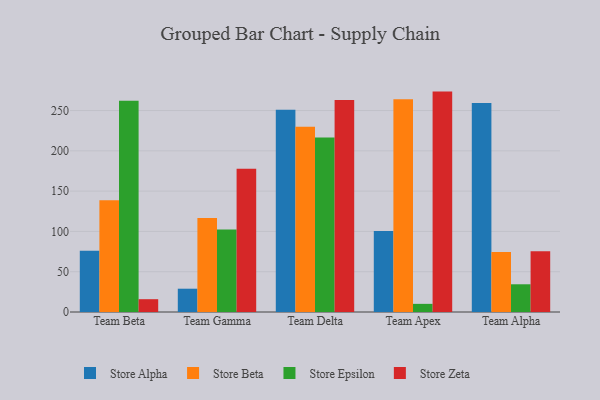
{"axis": {"x": "Team", "y": "Waste Production (Tons)"}, "legend": ["Store Alpha", "Store Beta", "Store Epsilon", "Store Zeta"], "data": [{"x": "Team Beta", "y": 76.0, "type": "Store Alpha"}, {"x": "Team Beta", "y": 138.8, "type": "Store Beta"}, {"x": "Team Beta", "y": 262.3, "type": "Store Epsilon"}, {"x": "Team Beta", "y": 15.9, "type": "Store Zeta"}, {"x": "Team Gamma", "y": 28.9, "type": "Store Alpha"}, {"x": "Team Gamma", "y": 116.8, "type": "Store Beta"}, {"x": "Team Gamma", "y": 102.3, "type": "Store Epsilon"}, {"x": "Team Gamma", "y": 177.7, "type": "Store Zeta"}, {"x": "Team Delta", "y": 251.1, "type": "Store Alpha"}, {"x": "Team Delta", "y": 229.9, "type": "Store Beta"}, {"x": "Team Delta", "y": 216.5, "type": "Store Epsilon"}, {"x": "Team Delta", "y": 263.1, "type": "Store Zeta"}, {"x": "Team Apex", "y": 100.5, "type": "Store Alpha"}, {"x": "Team Apex", "y": 263.9, "type": "Store Beta"}, {"x": "Team Apex", "y": 10.1, "type": "Store Epsilon"}, {"x": "Team Apex", "y": 273.5, "type": "Store Zeta"}, {"x": "Team Alpha", "y": 259.5, "type": "Store Alpha"}, {"x": "Team Alpha", "y": 74.4, "type": "Store Beta"}, {"x": "Team Alpha", "y": 34.4, "type": "Store Epsilon"}, {"x": "Team Alpha", "y": 75.3, "type": "Store Zeta"}]}